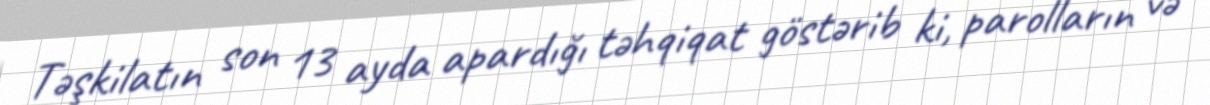
Təşkilatın son 13 ayda apardığı təhqiqat göstərib ki, parolların və